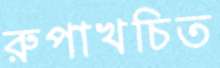
রুপাখচিত